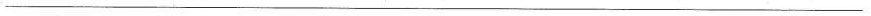
___